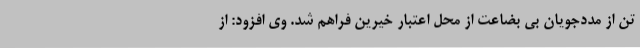
تن از مددجویان بی بضاعت از محل اعتبار خیرین فراهم شد. وی افزود: از